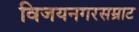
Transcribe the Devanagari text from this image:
विजयनगरसम्राट